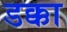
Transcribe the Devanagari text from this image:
डक्का